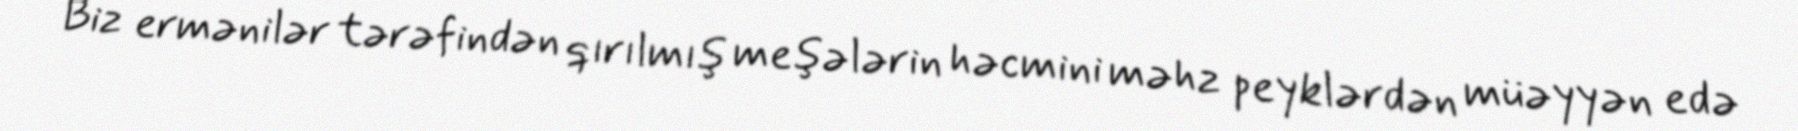
Biz ermənilər tərəfindən qırılmış meşələrin həcmini məhz peyklərdən müəyyən edə